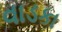
વાડકા